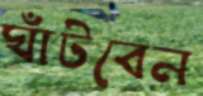
ঘাঁটবেন